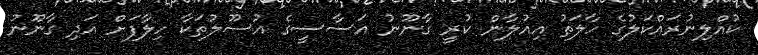
ކުއްލިނުރައްކަލުގެ ހާލަތު އިއުލާން ކުރީ ގާނޫނު އަސާސީގެ އުސޫލުތަކާ ހިލާފަށް އަދި ގާނޫނު